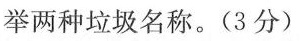
举两种垃圾名称。(3分)